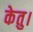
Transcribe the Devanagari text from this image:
केतु।